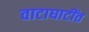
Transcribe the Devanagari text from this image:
वाटाघाटींत